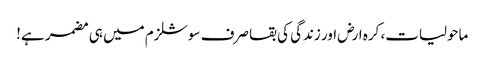
ماحولیات، کرہ ارض اور زندگی کی بقا صرف سوشلزم میں ہی مضمر ہے!